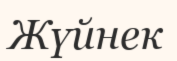
Жүйнек